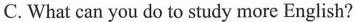
C. What can you do to study more English?